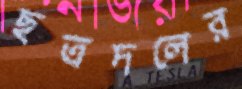
ছত্রদলের